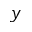
y